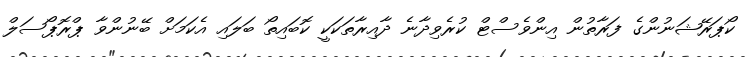
ކޯޕަރޭޝަނުންގެ ފަރާތުން އިންވެސްޓް ކުރެވިދާނެ ދާއިރާތަކަކީ ކޮބައިތޯ ބަލައި އެކަމަށް ބޭނުންވާ ޕްރޮޕޯސަލް